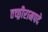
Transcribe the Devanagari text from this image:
तच्छ्रीरामपदे